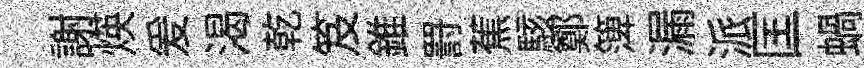
謝煐爰渴乾笈錐罸蕉駭鄭𥱼漏派匡蝸